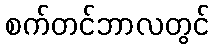
စက်တင်ဘာလတွင်